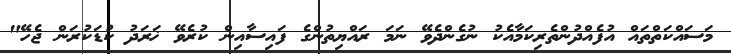
މަސައްކަތްތައް އުފެއްދުންތެރިކަމާއެކު ނުގެންދެވޭ ނަމަ ރައްޔިތުންގެ ފައިސާއިން ކުރެވޭ ޚަރަދު ކުޑަކުރަން ޖެހޭ"